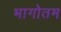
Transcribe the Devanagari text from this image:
भागोतम